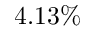
4 . 1 3 \%